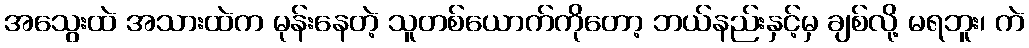
အသွေးထဲ အသားထဲက မုန်းနေတဲ့ သူတစ်ယောက်ကိုတော့ ဘယ်နည်းနှင့်မှ ချစ်လို့ မရဘူး၊ ကဲ